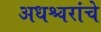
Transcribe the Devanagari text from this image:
अधश्चरांचे